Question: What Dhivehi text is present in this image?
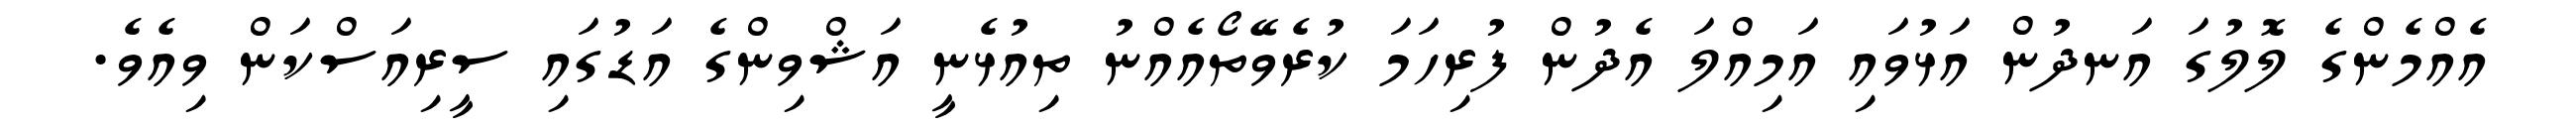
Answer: އެއްމެންގެ ލޮލުގަ އަނދުން އަޅުވައި އަމިއްލަ އެދުން ފުރިހަމަ ކުރެވޭތޯއެއްނު ތިއުޅެނީ އަޝްވިންގެ އަޑުގައި ސީރިއަސްކަން ވިއެވެ.